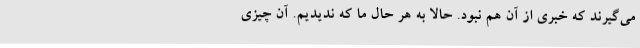
می‌گیرند که خبری از آن هم نبود. حالا به‌ هر حال ما که ندیدیم. آن چیزی